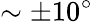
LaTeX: \sim\pm 10^{\circ}